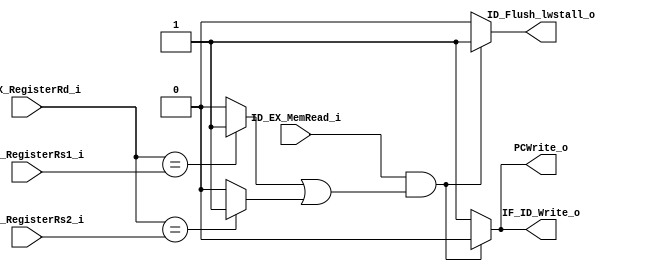
module Hazard_Detection_Unit
(
    ID_EX_MemRead_i,
    IF_ID_RegisterRs1_i,
    IF_ID_RegisterRs2_i,
    ID_EX_RegisterRd_i,
    PCWrite_o,
    IF_ID_Write_o,
    ID_Flush_lwstall_o
);

// Interface
input   ID_EX_MemRead_i;
input   [4:0]   IF_ID_RegisterRs1_i;
input   [4:0]   IF_ID_RegisterRs2_i;
input   [4:0]   ID_EX_RegisterRd_i;
output reg  PCWrite_o;
output reg  IF_ID_Write_o;
output reg  ID_Flush_lwstall_o;

// Detection unit
wire    equal_Rs1;
wire    equal_Rs2;
assign equal_Rs1 = (ID_EX_RegisterRd_i == IF_ID_RegisterRs1_i) ? 1 : 0;
assign equal_Rs2 = (ID_EX_RegisterRd_i == IF_ID_RegisterRs2_i) ? 1 : 0;

always@(ID_EX_MemRead_i or equal_Rs1 or equal_Rs2) begin
    // Stall the pipeline and flush instruction in ID stage
    if (ID_EX_MemRead_i & (equal_Rs1 | equal_Rs2)) begin
        PCWrite_o <= 0;
        IF_ID_Write_o <= 0;
        ID_Flush_lwstall_o <= 1;
    end else begin
        PCWrite_o <= 1;
        IF_ID_Write_o <= 1;
        ID_Flush_lwstall_o <= 0;
    end
end

endmodule